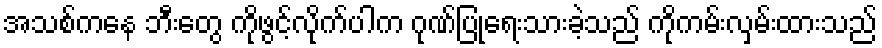
အသစ်ကနေ ဘီးတွေ ကိုဖွင့်လိုက်ပါက ဂုဏ်ပြုရေးသားခဲ့သည် ကိုကမ်းလှမ်းထားသည်